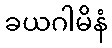
ခယဂါမိနံ